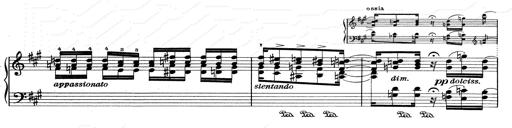
Title: RÃ©miniscences de Don Juan
Composer: Franz Liszt